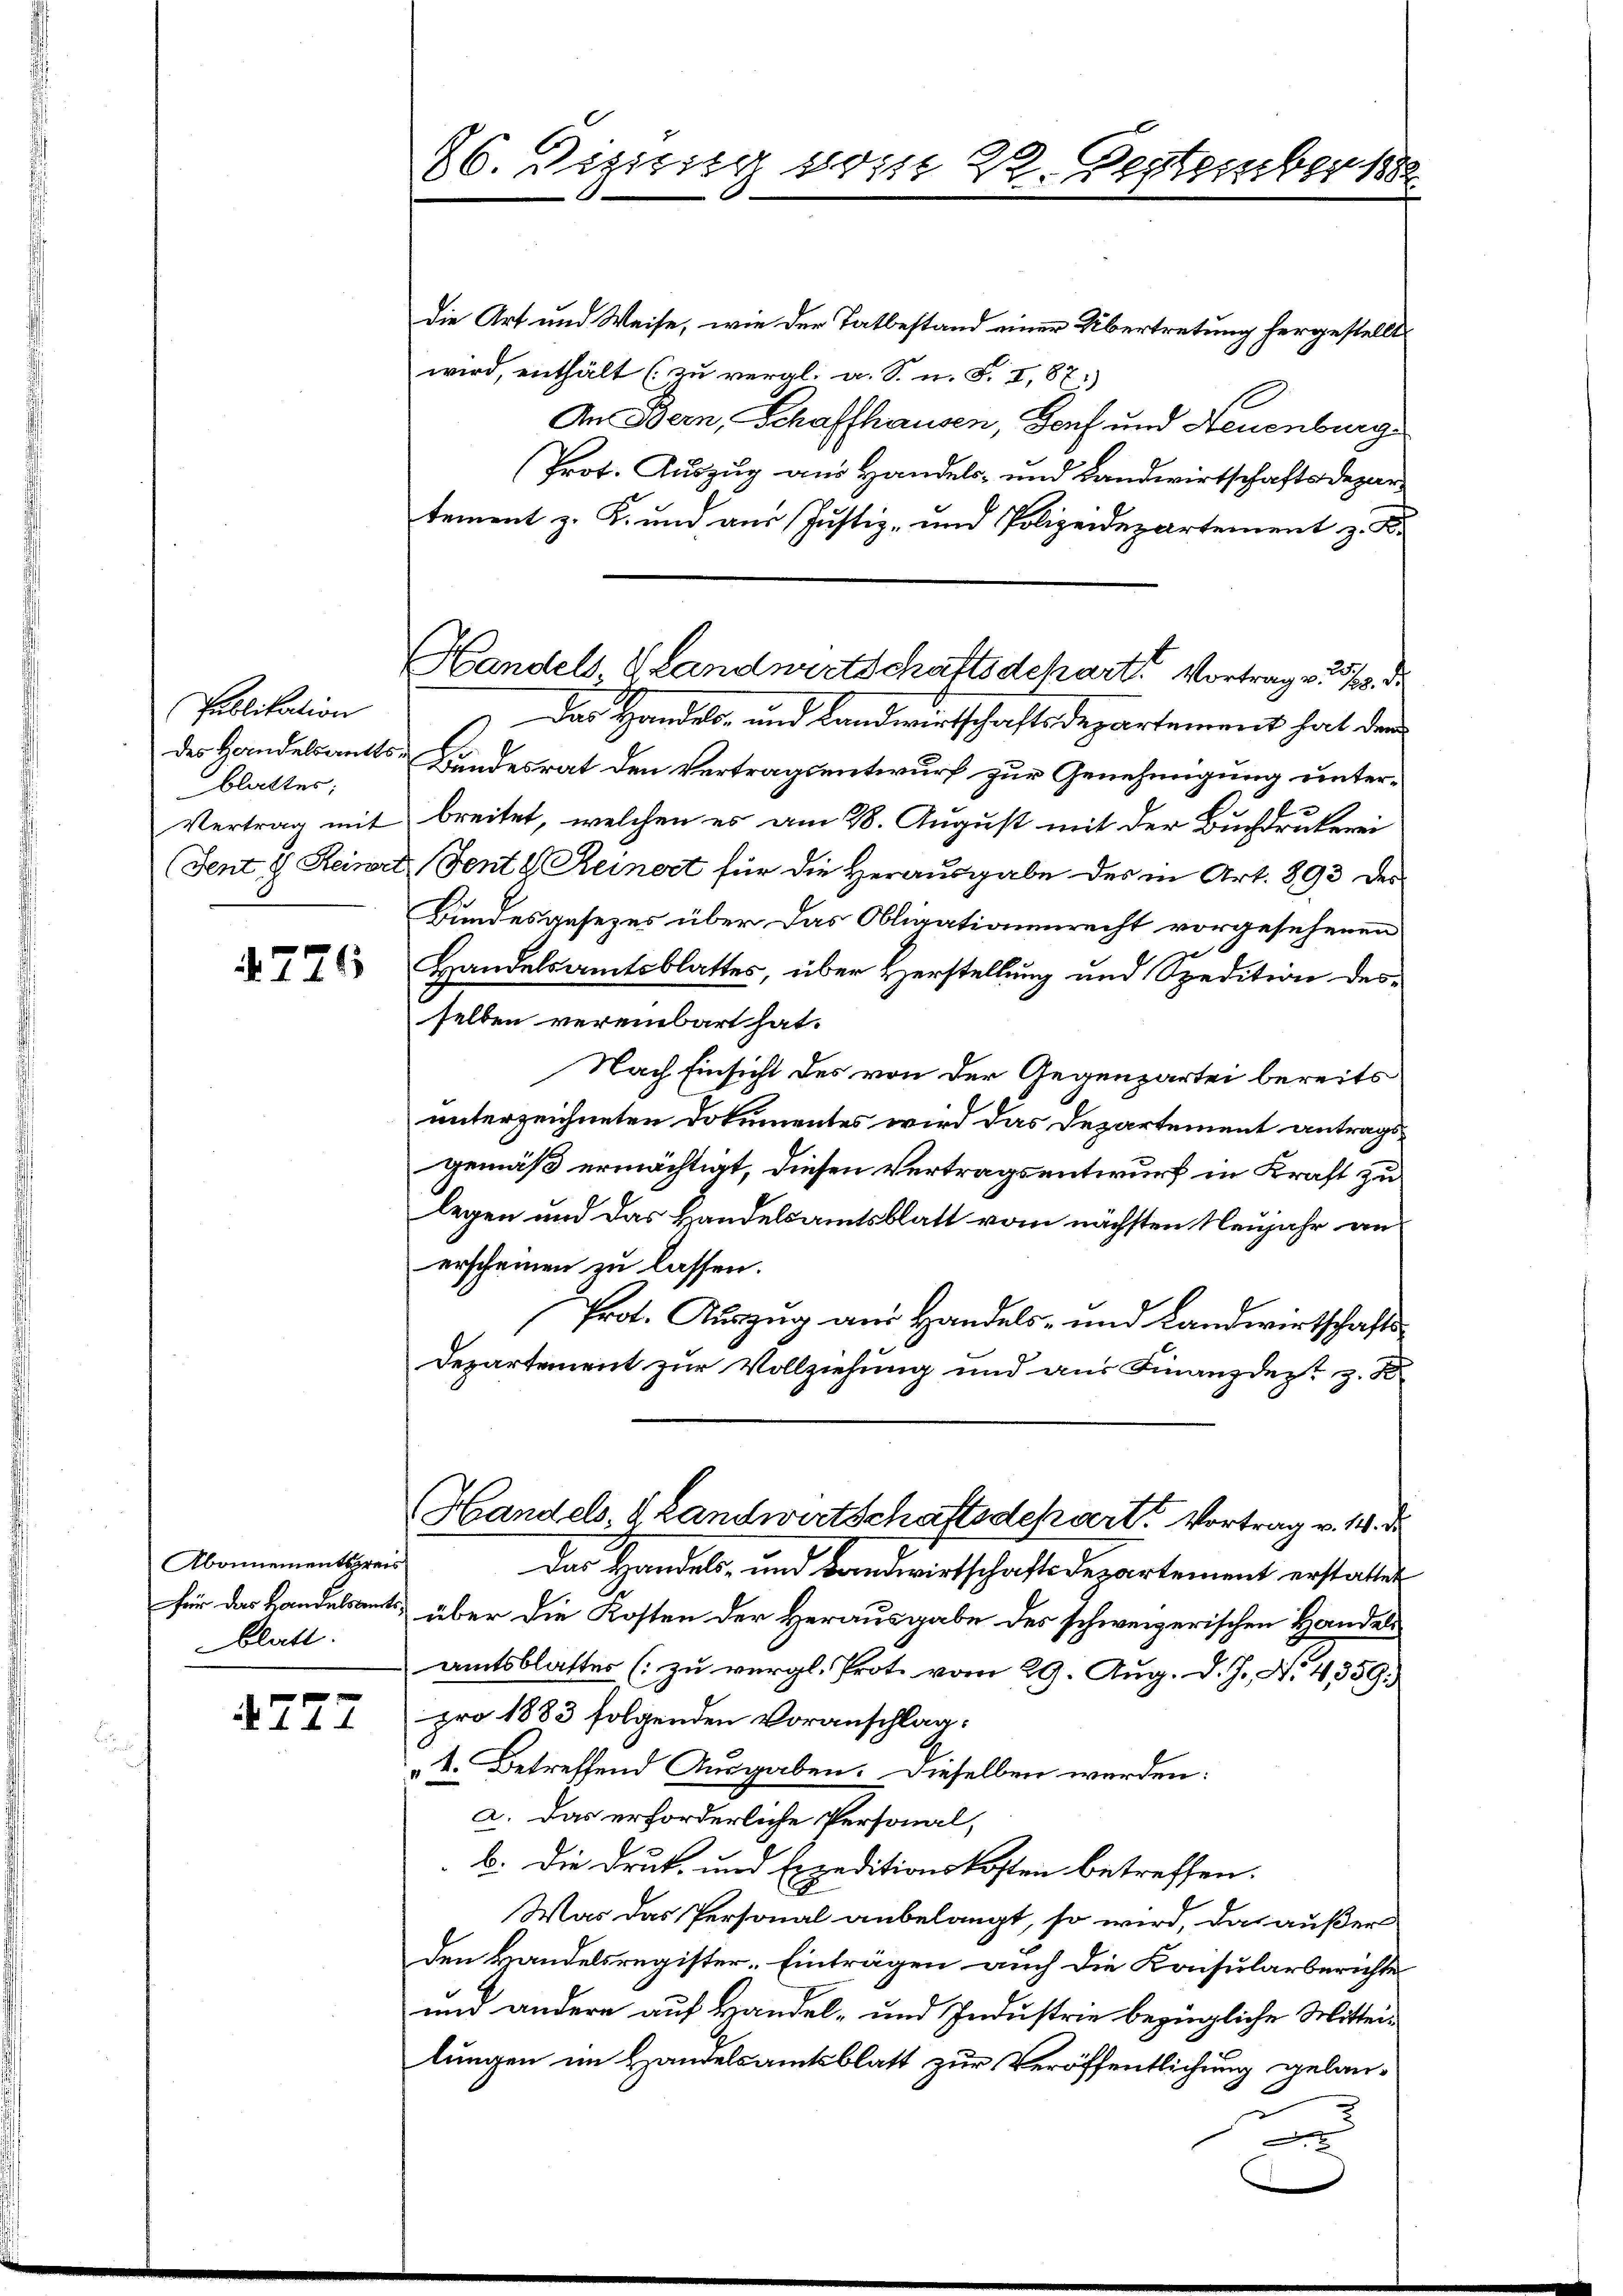
Publikation
blatter;

726

Abonnementspreis
blatt.

4777

86. Dezizig vom 22. Septembers

die Art und Weise, wie der Tatbestand einer Übertretung hergestellte
wird, enthält (zu vergl. a. S. u. S. I, 87:
An Bern, Schaffhausen, Hof und Neuenburg
Prof. Auszug am Handels- und Landwirtschaftsdepartement z. K. und aus Justiz- und Polizeidepartement z. B.
) Das Handels- und Landwirtschaftsdepartement hat der
des Handelsants Bundesrat den Vertragsentwurf zur Genehmigung unter¬
Vertrag mit breitet, welchen es am 28. August mit der Buchdrukerei
(Fent & Reine Sente Reinert für die Herausgabe des in Art. 893 des
Bundesgesezes über das Obligationenrecht vorgesehenen
Handelsamtsblattes, über Herstellung und Spedition desselben vereinbart hat.
Nach Einsicht des von der Gegenpartei bereits
unterzeichneten Dokumentes wird das Departement antragsgemäß ermächtigt, diesen Vertragsentwurf in Kraft zu
legen und das Handelsamtsblatt vom nächsten Neujahr an
erscheinen zu lassen.
Prot. Auszug am Handels- und Landwirtschafts¬
Departement zur Vollziehung und aus Finanzdezt z. B.
Handels Landwirtschaftsdepart. Vortrag v. 14. d.
Das Handels- und Bandwirtschafts Departement erstattet
für das Handelsants über die Kosten der Herausgabe des schweizerischen Handels
amtsblatter (: zu vergl. Prot. vom 29. Aug. d. J. N. 4, 359.
pro 1883 folgenden Voranschlag.
k. Betreffend Ausgaben. Dieselben werden:
a. Das erforderliche Personal,
b. Die Drut, und Expeditionskosten betreffen.
Was das Personal anbelangt, so wird, das außer
den Handelsregister-Einträgen auch die Konsularberichte
und andere auf Handel- und Industrie bezügliche Mitteilungen im Handelsamtsblatt zur Veröffentlichung gelan¬
u

Handels Landwirtschaftsdcharts Vortrag v. 319. d